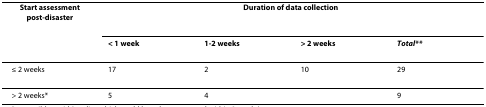
<table><thead><tr><td><b>Start assessment post-disaster</b></td><td colspan="4"><b>Duration of data collection</b></td></tr><tr><td></td><td><b>&lt; 1 week</b></td><td><b>1-2 weeks</b></td><td><b>&gt; 2 weeks</b></td><td><b><i>Total**</i></b></td></tr></thead><tbody><tr><td>≤ 2 weeks</td><td>17</td><td>2</td><td>10</td><td>29</td></tr><tr><td>&gt; 2 weeks*</td><td>5</td><td>4</td><td></td><td>9</td></tr></tbody></table>